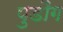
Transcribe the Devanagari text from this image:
पुडौंग